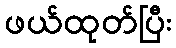
ဖယ်ထုတ်ပြီး